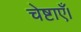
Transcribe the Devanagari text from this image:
चेष्टाएँ।